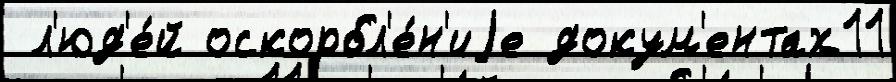
 л'юд'е́й оскорбл'е́н'иjе докум'ентах11